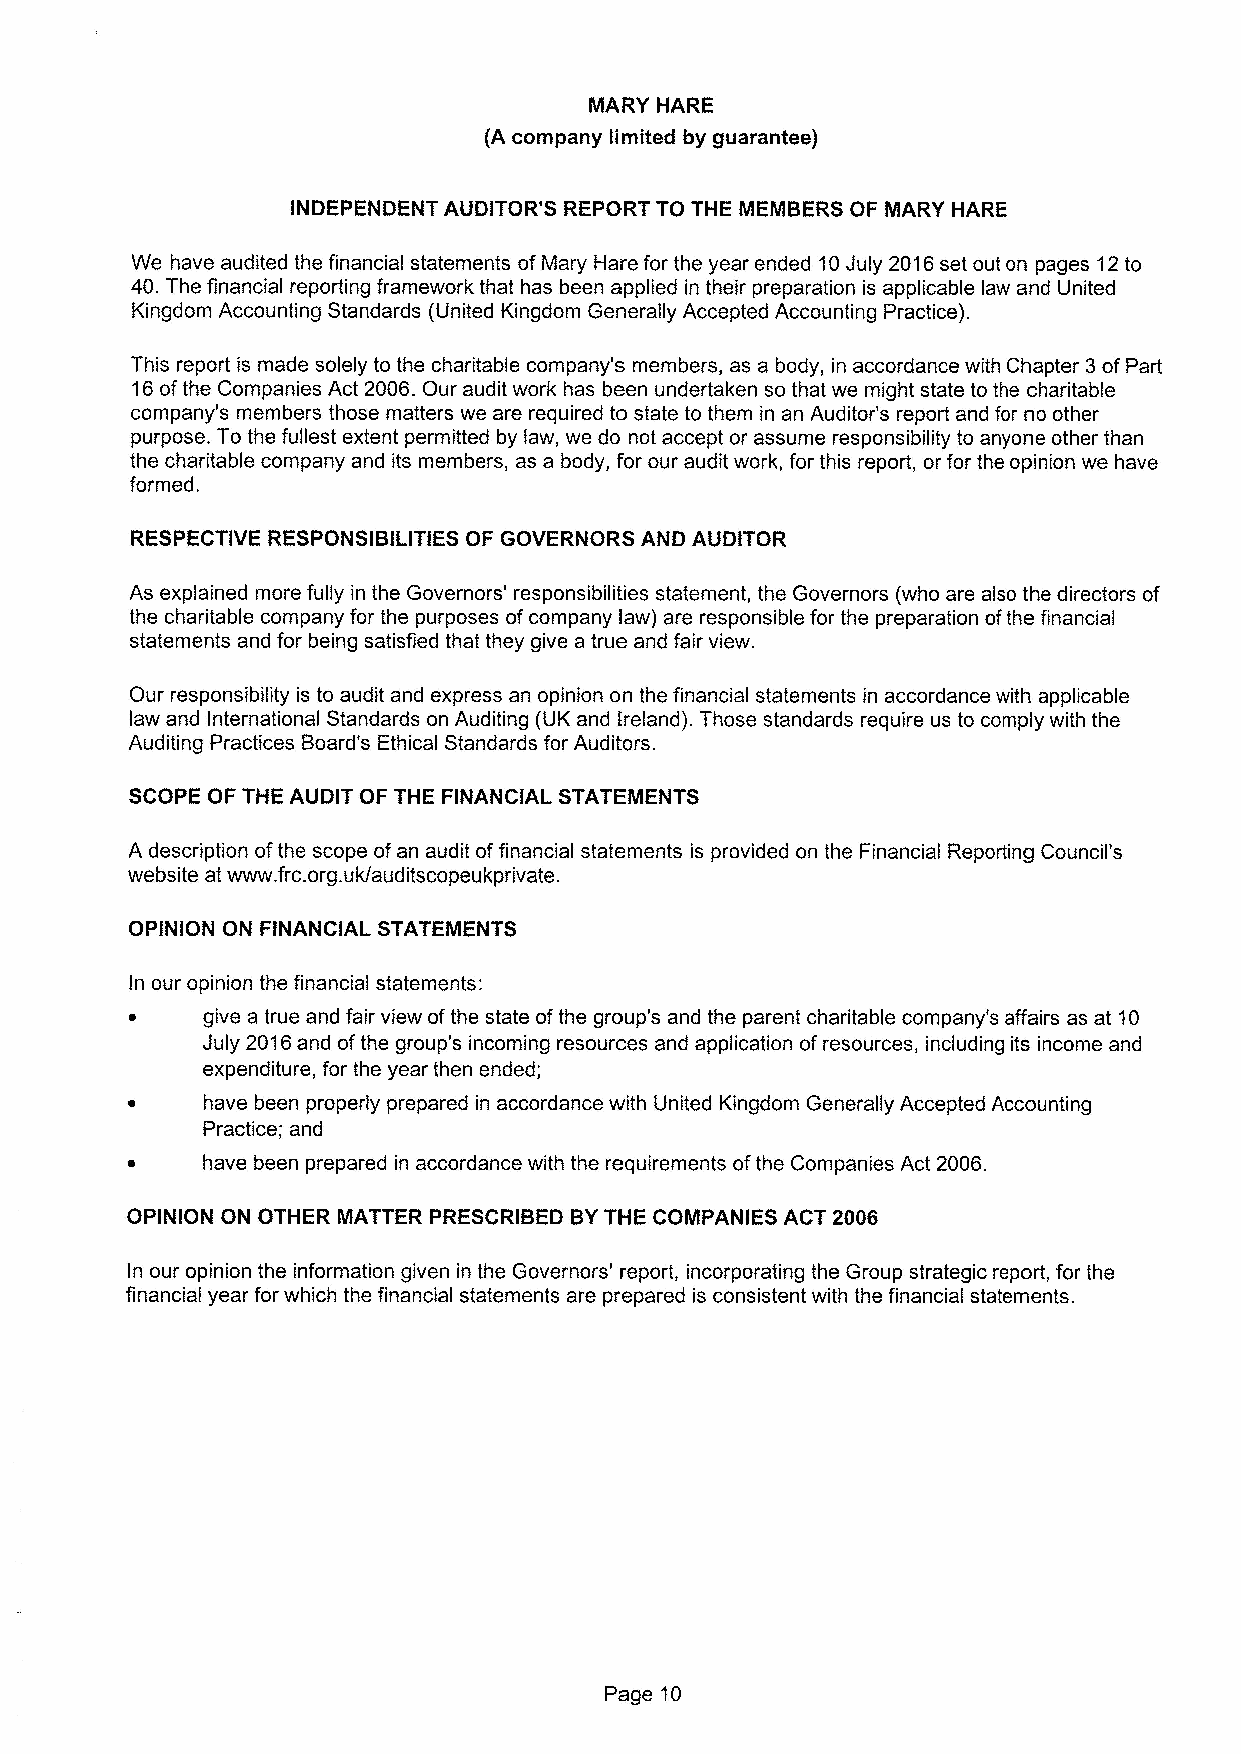
MARY HARE
 (A company limited by guarantee)
 INDEPENDENT AUDITOR'S REPORT TO THE MEMBERS OF MARY HARE
 We have audited the financial statements of Mary Hare for the year ended 10July 2016set out on pages 12to
 40.The financial reporting framework that has been applied in their preparation is applicable law and United
 Kingdom Accounting Standards (United Kingdom Generally Accepted Accounting Practice).
 This report is made solely to the charitable company's members, as a body, in accordance with Chapter 3of Part
 16ofthe Companies Act 2006.Our audit work has been undertaken so that we might state to the charitable
 company's members those matters we are required to state to them in an Auditor's report and for no other
 purpose. To the fullest extent permitted by law, we do not accept or assume responsibility to anyone other than
 the charitable company and its members, as a body, for our audit work, for this report, or for the opinion we have
 formed.
 RESPECTIVE RESPONSIBILITIES OF GOVERNORS AND AUDITOR
 As explained more fully in the Governors' responsibilities statement, the Governors (who are also the directors of
 the charitable company for the purposes ofcompany law) are responsible for the preparation ofthe financial
 statements and for being satisfied that they give a true and fair view.
 Our responsibility is to audit and express an opinion on the financial statements in accordance with applicable
 law and International Standards on Auditing (UK and Ireland). Those standards require us to comply with the
 Auditing Practices Board's Ethical Standards for Auditors.
 SCOPE OF THE AUDIT OF THE FINANCIAL STATEMENTS
 A description ofthe scope ofan audit offinancial statements is provided on the Financial Reporting Council's
 website at www. frc.org.uk/auditscopeukprivate.
 OPINION ON FINANCIAL STATEMENTS
 In our opinion the financial statements:
 ~   give a true and fair view ofthe state ofthe group's and the parent charitable company's affairs as at 10
 July 2016and ofthe group's incoming resources and application ofresources, including its income and
 expenditure, for the year then ended;
 have been properly prepared in accordance with United Kingdom Generally Accepted Accounting
 Practice; and
 ~    have been prepared in accordance with the requirements ofthe Companies Act 2006.
 OPINION ON OTHER MATTER PRESCRIBED BYTHE COMPANIES ACT 2006
 In our opinion the information given in the Governors' report, incorporating the Group strategic report, for the
 financial year for which the financial statements are prepared is consistent with the financial statements.
 Page 10